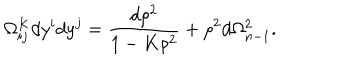
LaTeX: \Omega _ { i j } ^ { K } d y ^ { i } d y ^ { j } = \frac { d \rho ^ { 2 } } { 1 - K \rho ^ { 2 } } + \rho ^ { 2 } d \Omega _ { n - 1 } ^ { 2 } .